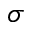
\sigma